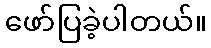
ဖော်ပြခဲ့ပါတယ်။